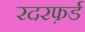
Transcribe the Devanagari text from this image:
रदरफ़र्ड